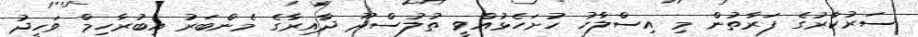
ސަރުކާރުގެ ފަރާތުން މި އިސްލާހު ހުށަހެޅުއްވީ ތުލުސްދޫ ދާއިރާގެ މެންބަރު އިބުރާހިމް ވަހީދު